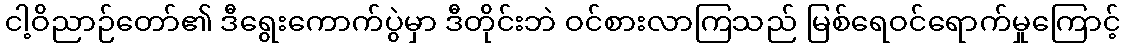
ငါ့ဝိညာဉ်တော်၏ ဒီရွေးကောက်ပွဲမှာ ဒီတိုင်းဘဲ ဝင်စားလာကြသည် မြစ်ရေဝင်ရောက်မှုကြောင့်